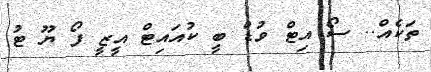
ތަކެއް.. ސޯ އިޓް ވުޑް ބީ ކުއައިޓް އީޒީ ފޯ ޔޫ ޓު